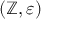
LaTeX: ( \mathbb { Z } , \varepsilon )